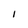
Character: 1